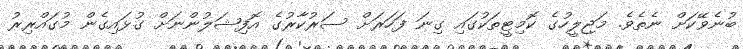
ބުނެވޭކަށް ނެތެވެ. މަޖިލީހުގެ ކޮމިޓީތަކުގައި ގިނަ ފަހަރަށް ސަރުކާރުގެ އޮފިޝަލުންނަށް ގުޅައިގެން މުގައްރިރު